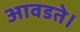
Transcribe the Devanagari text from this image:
आवडते।